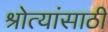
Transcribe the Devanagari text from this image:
श्रोत्यांसाठी